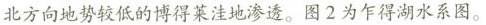
北方向地势较低的博得莱洼地渗透。图2为乍得湖水系图。